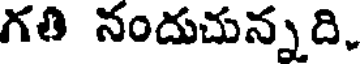
గతి నందుచున్నది,